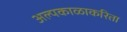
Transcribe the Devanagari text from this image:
अल्पकाळाकरिता